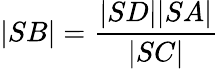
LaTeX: |SB|={\frac{|SD||SA|}{|SC|}}